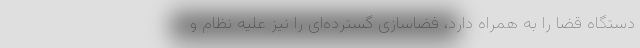
دستگاه قضا را به همراه دارد، فضاسازی گسترده‌ای را نیز علیه نظام و